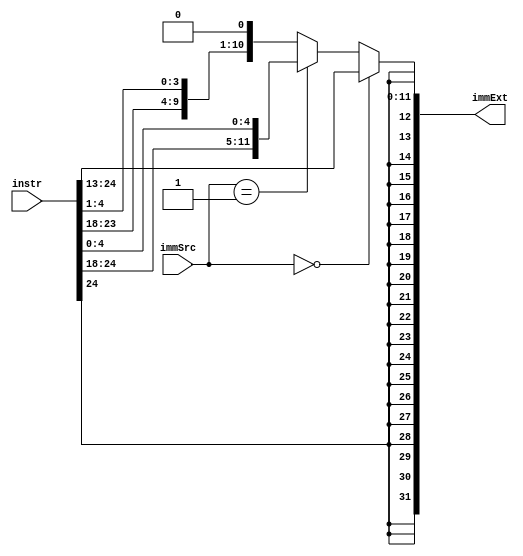
`timescale 1ns / 1ps
//////////////////////////////////////////////////////////////////////////////////
// Company: 
// Engineer: 
// 
// Design Name: 
// Module Name: signExtend
// Project Name: 
// Target Devices: 
// Tool Versions: 
// Description: 
// 
// Dependencies: 
// 
// Revision:
// Revision 0.01 - File Created
// Additional Comments:
// 
//////////////////////////////////////////////////////////////////////////////////

module signExtend(
  input wire [31:7] instr,      //[24:0]
  input wire [1:0] immSrc,
  output wire [31:0] immExt
    );
  
    //assign immExt = (immSrc == 1'b1) ? ({{20{in[31]}},in[31:25],in[11:7]}):
                                            //{{20{in[31]}},in[31:20]};
  assign immExt = (immSrc == 2'b00) ? {{20{instr[31]}},instr[31:20]} : 
                  (immSrc == 2'b01) ? ({{20{instr[31]}},instr[31:25],instr[11:7]}) : 
                  {{20{instr[31]}}, instr[7], instr[30:25], instr[11:8], 1'b0};

//assign immExt = (instr[31]) ? ({{20{1'b1}},instr[31:20]}):
//                                     {{{20{1'b0}},instr[31:20]}};
endmodule